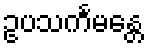
ဥပသင်္ကမန္တေ